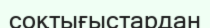
соқтығыстардан